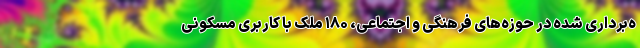
ه‌برداری شده در حوزه‌های فرهنگی و اجتماعی، ۱۸۰ ملک با کاربری مسکونی